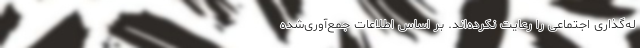
له‌گذاری اجتماعی را رعایت نکرده‌اند. بر اساس اطلاعات جمع‌آوری‌شده